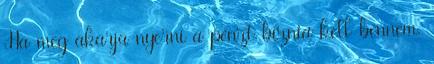
Ha meg akarja nyerni a pénzt bíznia kell bennem.